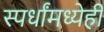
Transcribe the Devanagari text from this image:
स्पर्धांमध्येही